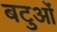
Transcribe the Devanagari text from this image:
बटुओं